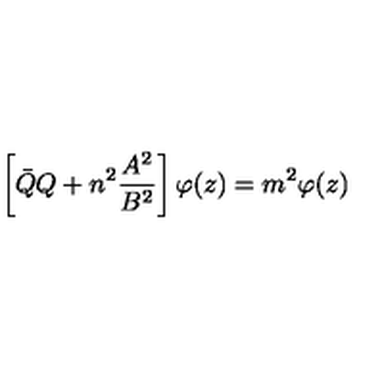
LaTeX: \left[ { \bar { Q } } Q + n ^ { 2 } \frac { A ^ { 2 } } { B ^ { 2 } } \right] \varphi ( z ) = m ^ { 2 } \varphi ( z )